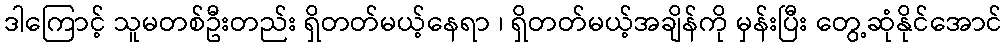
ဒါကြောင့် သူမတစ်ဦးတည်း ရှိတတ်မယ့်နေရာ ၊ ရှိတတ်မယ့်အချိန်ကို မှန်းပြီး တွေ့ဆုံနိုင်အောင်